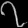
Digit: ၇